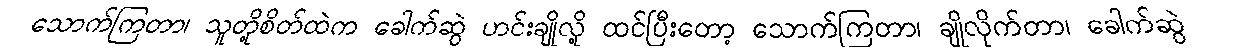
သောက်ကြတာ၊ သူတို့စိတ်ထဲက ခေါက်ဆွဲ ဟင်းချိုလို့ ထင်ပြီးတော့ သောက်ကြတာ၊ ချိုလိုက်တာ၊ ခေါက်ဆွဲ